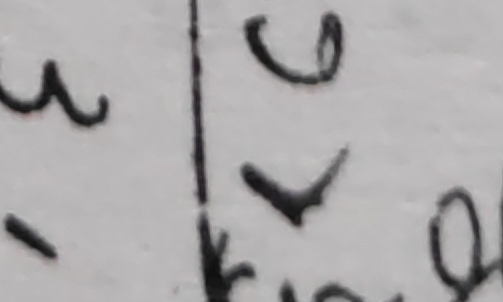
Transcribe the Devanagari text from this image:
३ ७
- ४